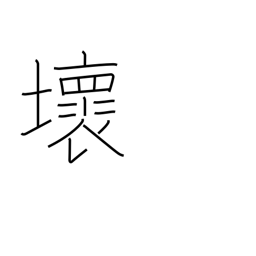
Meaning: destroy